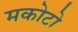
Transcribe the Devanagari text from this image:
मकोटो